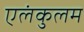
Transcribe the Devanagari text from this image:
एलंकुलम